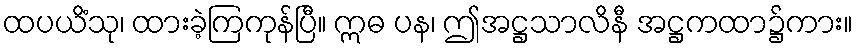
ထပယိံသု၊ ထားခဲ့ကြကုန်ပြီ။ ဣဓ ပန၊ ဤအဋ္ဌသာလိနီ အဋ္ဌကထာ၌ကား။